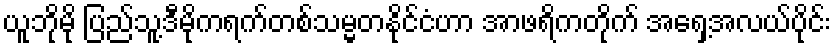
ယူဘိုမို ပြည်သူ့ဒီမိုကရက်တစ်သမ္မတနိုင်ငံဟာ အာဖရိကတိုက် အရှေ့အလယ်ပိုင်း